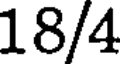
18/4